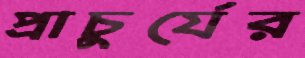
প্রাচুর্যের